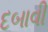
દબાવી